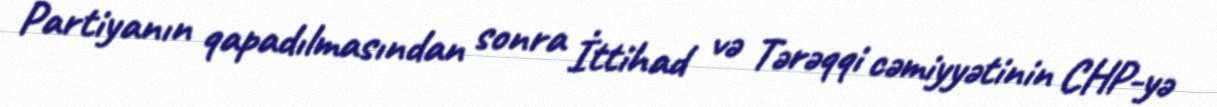
Partiyanın qapadılmasından sonra İttihad və Tərəqqi cəmiyyətinin CHP-yə